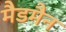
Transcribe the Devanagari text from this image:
मैडमैन